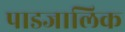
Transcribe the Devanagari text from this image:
पाडजालिक